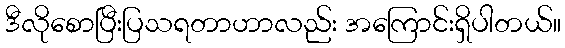
ဒီလိုစောပြီးပြသရတာဟာလည်း အကြောင်းရှိပါတယ်။